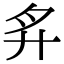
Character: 𢌳